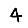
Digit: 4